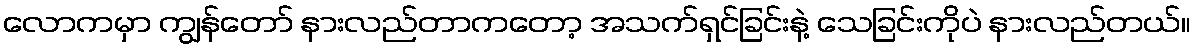
လောကမှာ ကျွန်တော် နားလည်တာကတော့ အသက်ရှင်ခြင်းနဲ့ သေခြင်းကိုပဲ နားလည်တယ်။